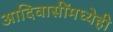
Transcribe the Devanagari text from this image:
आदिवासींमध्येही